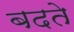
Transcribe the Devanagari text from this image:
बदते